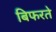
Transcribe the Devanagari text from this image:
बिफरते